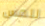
للمس